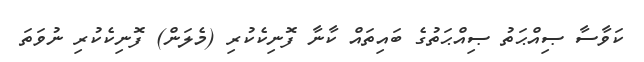
ކަވާސާ ޞިއްޙަތު ޞިއްޙަތުގެ ބައިތައް ކާނާ ފޮނިކެކުރި (މެލަން) ފޮނިކެކުރި ނުވަތަ